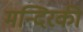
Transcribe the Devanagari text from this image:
मन्दिरकी